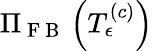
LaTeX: \Pi_{\mathrm{~F~B~}}\left(T_{\epsilon}^{\left(c\right)}\right)